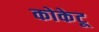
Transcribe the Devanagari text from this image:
कोकेटू